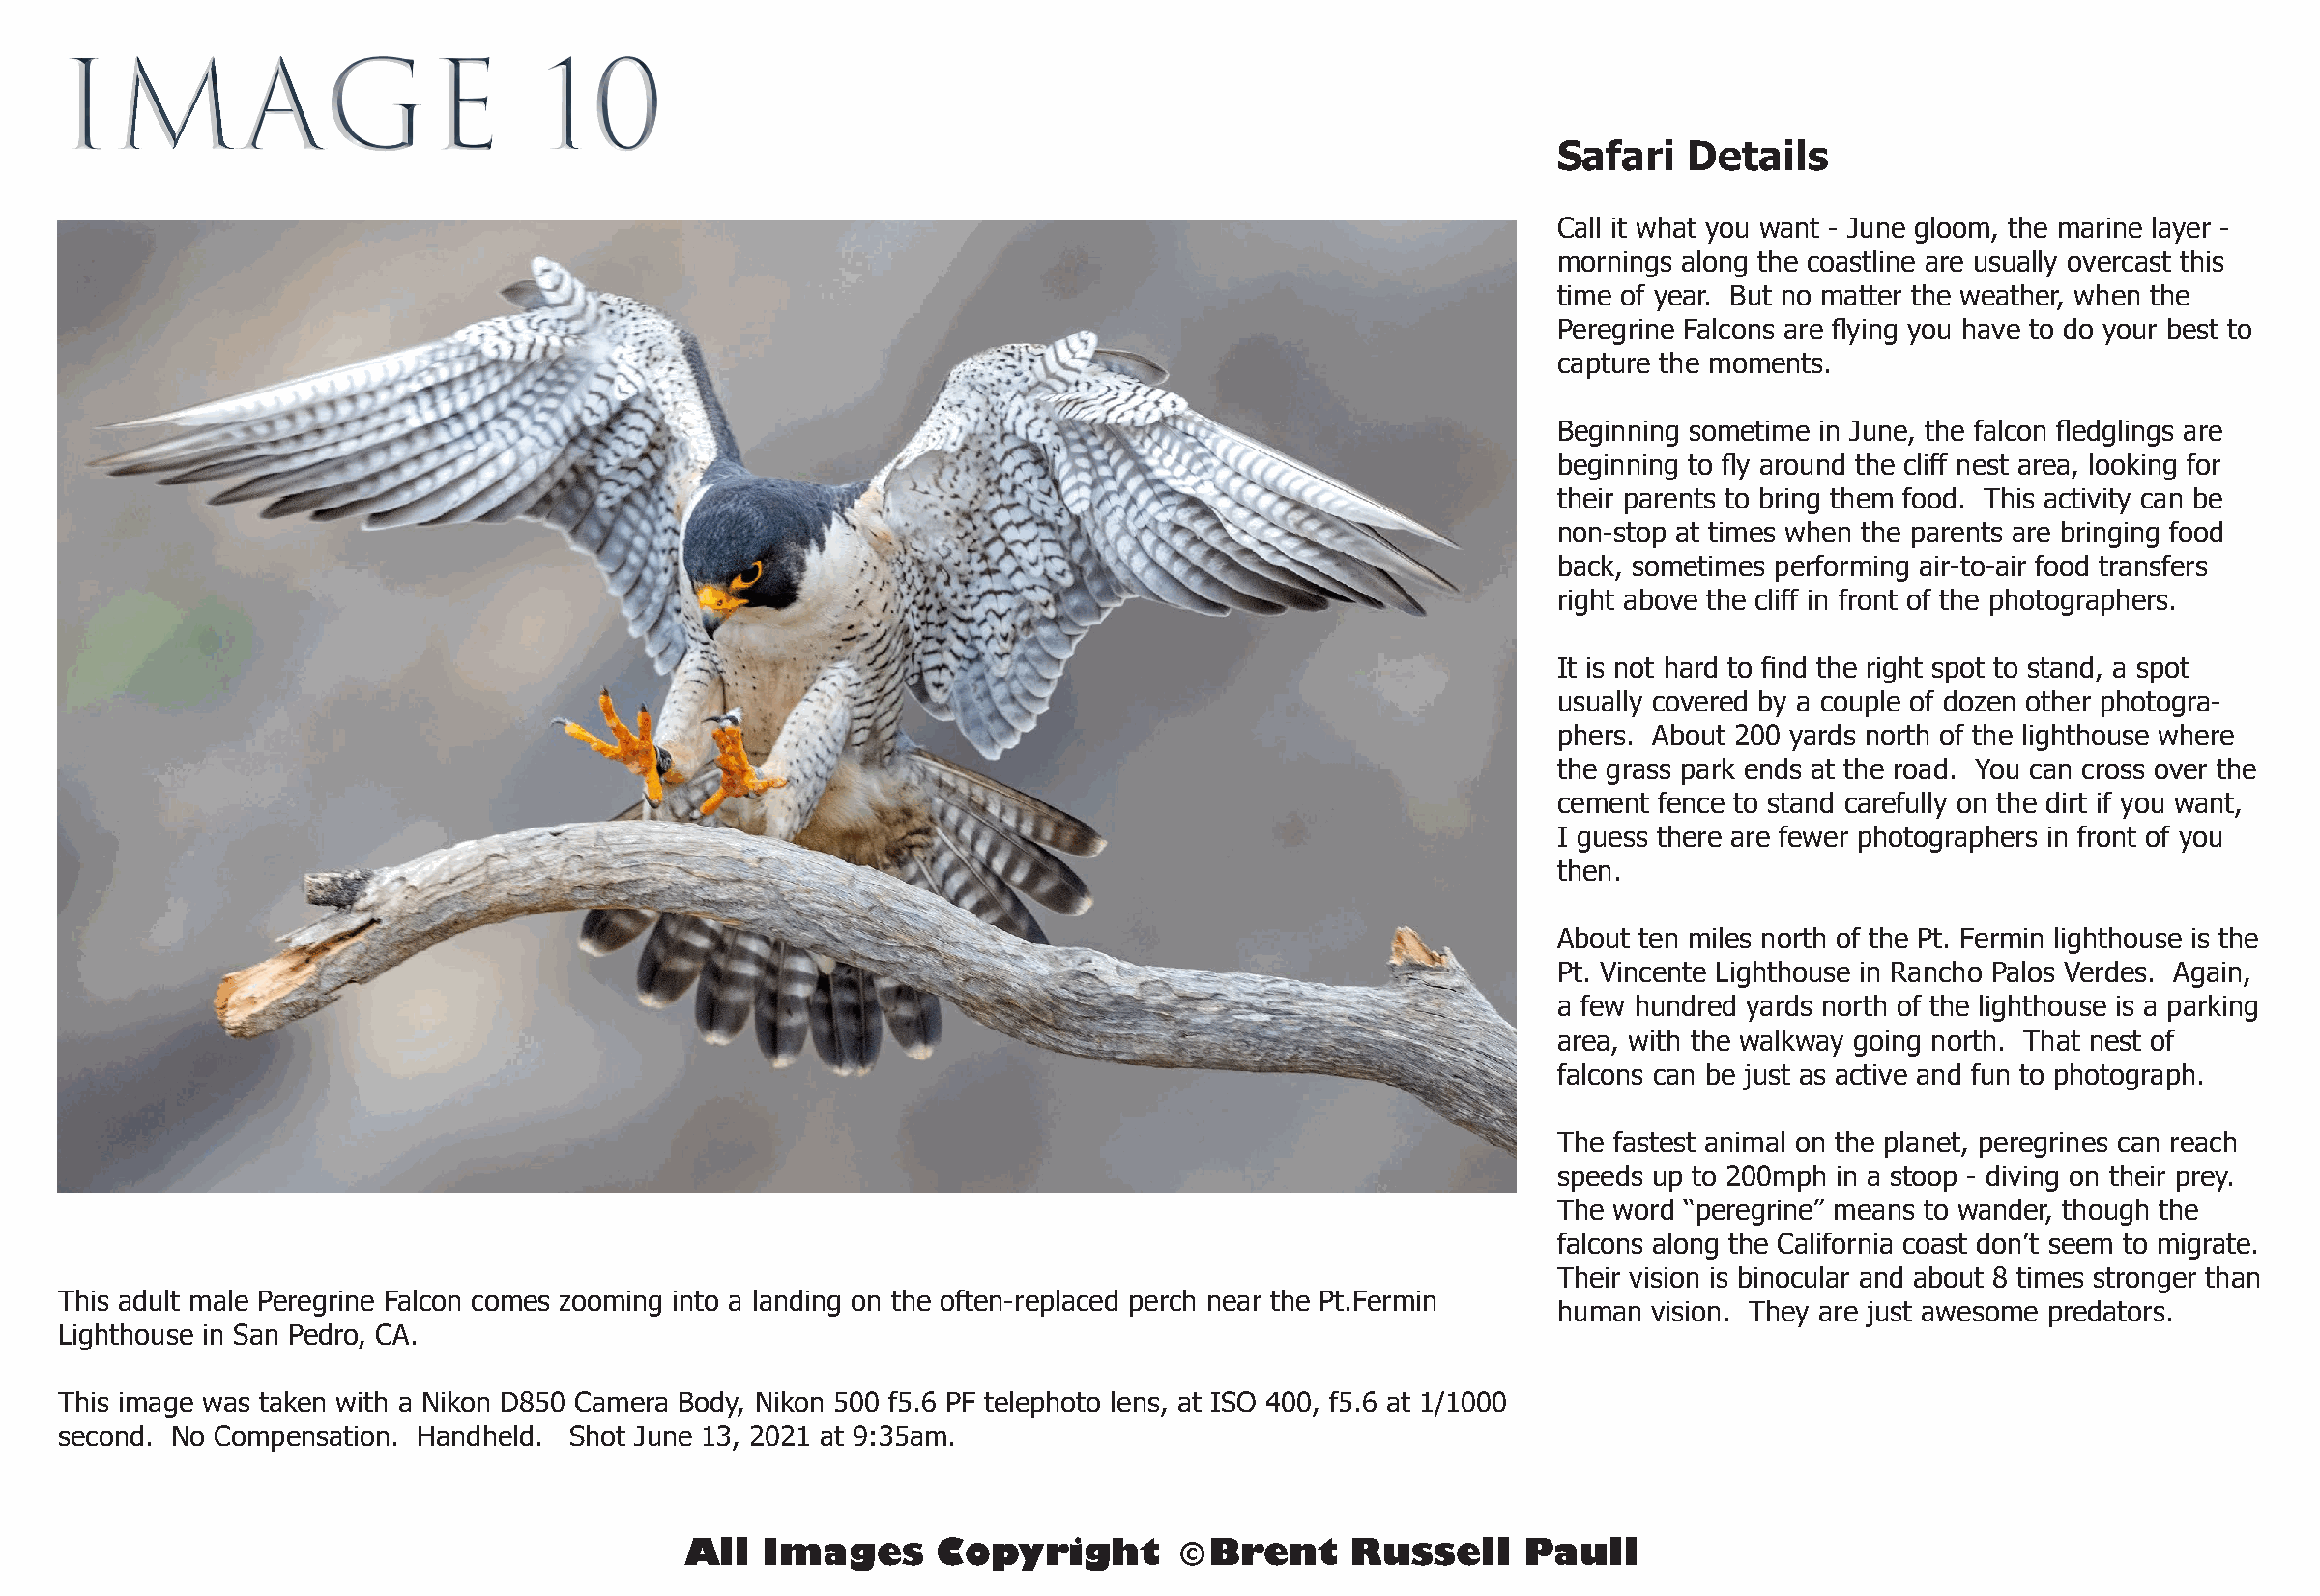
IMAGE                            10
 Safari   Details
 Call it what you want - June gloom, the marine layer -
 mornings along the coastline are usually overcast this
 time of year. But no matter the weather, when the
 Peregrine Falcons are flying you have to do your best to
 capture the moments.
 Beginning sometime in June, the falcon fledglings are
 beginning to fly around the cliff nest area, looking for
 their parents to bring them food. This activity can be
 non-stop at times when the parents are bringing food
 back, sometimes performing air-to-air food transfers
 right above the cliff in front of the photographers.
 It is not hard to find the right spot to stand, a spot
 usually covered by a couple of dozen other photogra-
 phers. About 200 yards north of the lighthouse where
 the grass park ends at the road. You can cross over the
 cement fence to stand carefully on the dirt if you want,
 I guess there are fewer photographers in front of you
 then.
 About ten miles north of the Pt. Fermin lighthouse is the
 Pt. Vincente Lighthouse in Rancho Palos Verdes. Again,
 a few hundred yards north of the lighthouse is a parking
 area, with the walkway going north. That nest of
 falcons can be just as active and fun to photograph.
 The fastest animal on the planet, peregrines can reach
 speeds up to 200mph in a stoop - diving on their prey.
 The word “peregrine” means to wander, though the
 falcons along the California coast don’t seem to migrate.
 Their vision is binocular and about 8 times stronger than
 This adult male Peregrine Falcon comes zooming into a landing on the often-replaced perch near the Pt.Fermin
 human vision. They are just awesome predators.
 Lighthouse in San Pedro, CA.
 This image was taken with a Nikon D850 Camera Body, Nikon 500 f5.6 PF telephoto lens, at ISO 400, f5.6 at 1/1000
 second. No Compensation. Handheld. Shot June 13, 2021 at 9:35am.
 All  Images      Copyright        © Brent    Russell     Paull